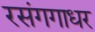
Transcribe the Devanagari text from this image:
रसंगगाधर